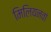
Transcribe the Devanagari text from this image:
मिलियनवां